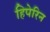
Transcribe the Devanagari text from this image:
हिपेरिन